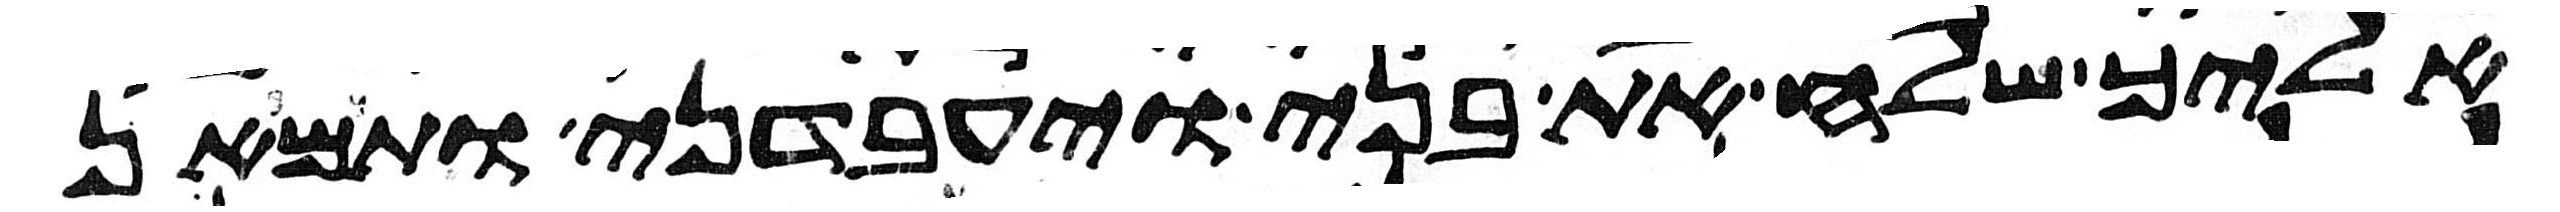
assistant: אליך שלח את בני ויעבדני ותמאן